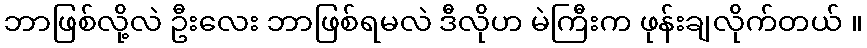
ဘာဖြစ်လို့လဲ ဦးလေး ဘာဖြစ်ရမလဲ ဒီလိုဟ မဲကြီးက ဖုန်းချလိုက်တယ် ။